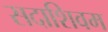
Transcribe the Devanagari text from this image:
सदाशिवम